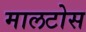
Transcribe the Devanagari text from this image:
मालटोस